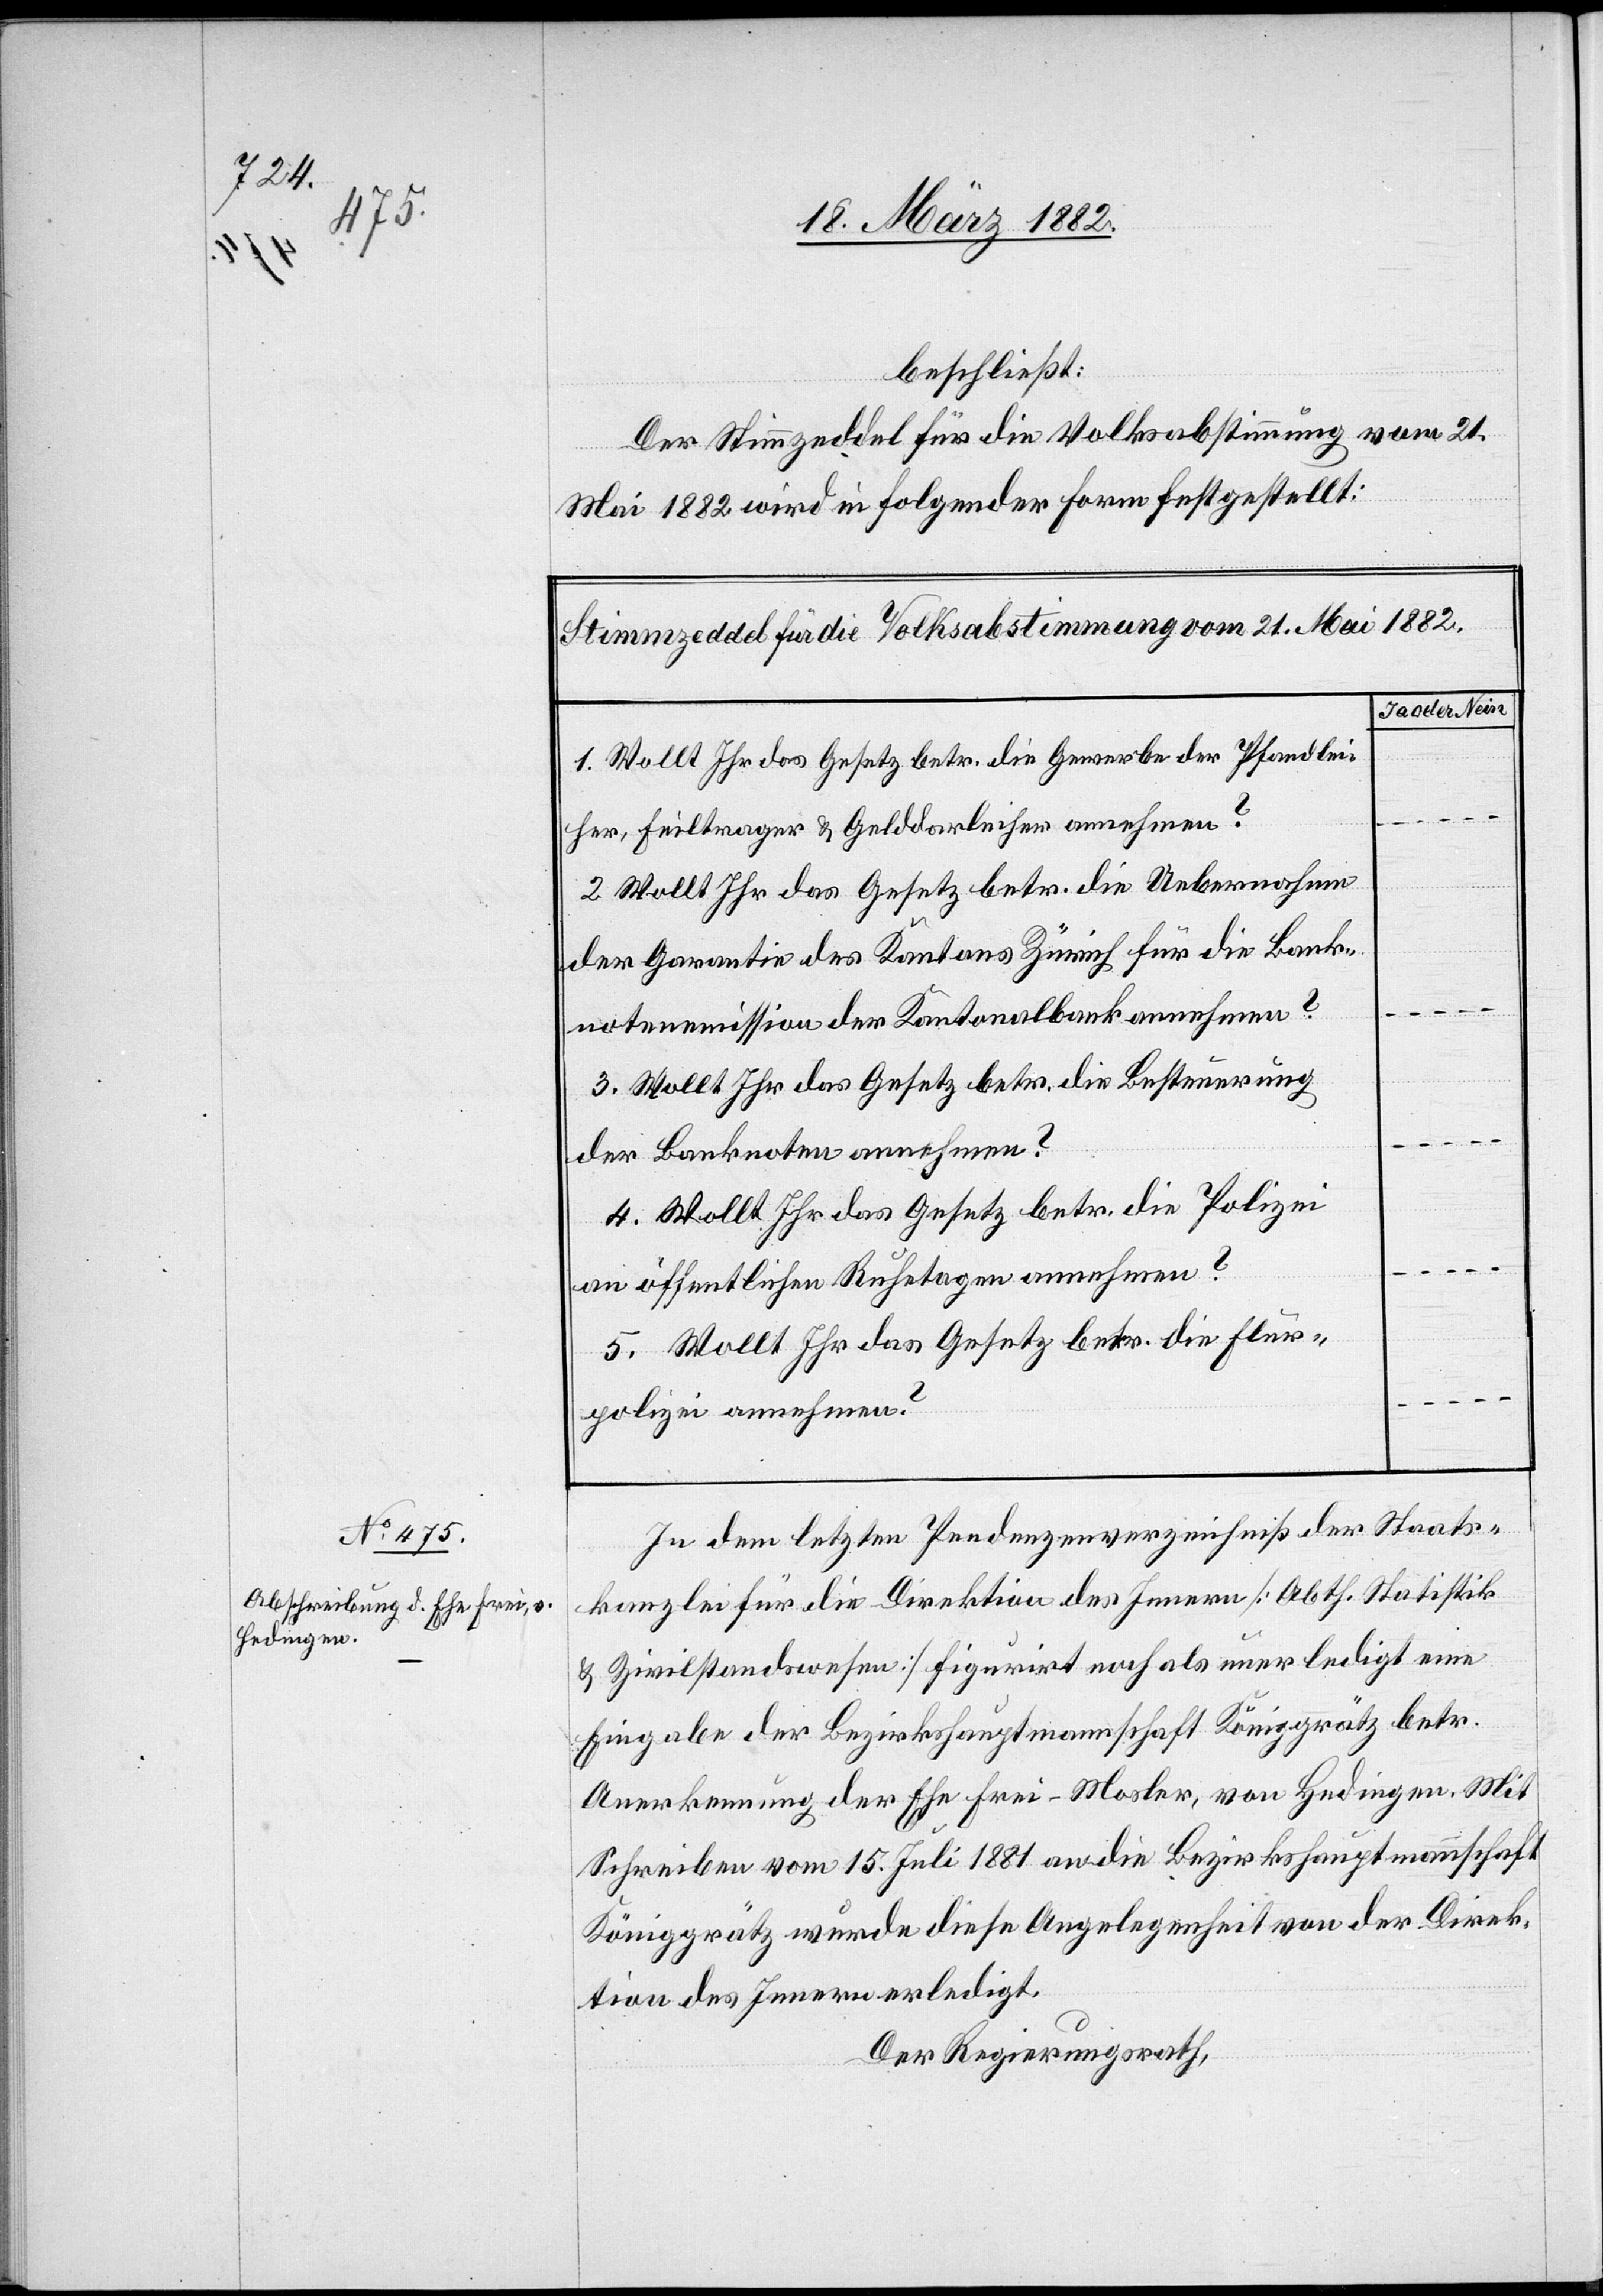
beschließt:
Der Stimmzeddel für die Volksabstimmung vom 21.
Mai 1882 wird in folgender Form festgestellt:
Stimmzeddel für die Volksabstimmung vom 21. Mai 1882.
Ja oder Nein
1. Wollt Ihr das Gesetz betr. die Gewerbe der Pfandlei¬
her, Feiltrager & Gelddarleiher annehmen?
2. Wollt Ihr das Gesetz betr. die Uebernahme
der Garantie des Kantons Zürich für die Bank¬
notenmission der Kantonalbank annehmen?
3. Wollt Ihr das Gesetz betr. die Besteuerung
der Banknoten annehmen?
4. Wollt Ihr das Gesetz betr. die Polizei
an öffentlichen Ruhetagen annehmen?
5. Wollt ihr das Gesetz betr. die Flur¬
polizei annehmen?
In dem letzten Pendenzenverzeichniß der Staats¬
kanzlei für die Direktion des Innern [Abth. Statistik
& Zivilstandswesen] figurirt noch als unerledigt eine
Eingabe der Bezirkshauptmannschaft Königgrätz betr.
Anerkennung der Ehe Frei-Mosler, von Hedingen. Mit
Schreiben vom 15. Juli 1881 an die Bezirkshauptmannschaft
Königgrätz wurde diese Angelegenheit von der Direk¬
tion des Innern erledigt.
Der Regierungsrath,